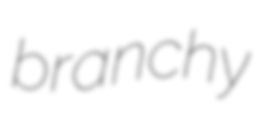
branchy